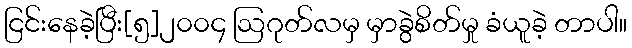
ငြင်းနေခဲ့ပြီး[၅]၂၀၀၄ ဩဂုတ်လမှ မှာခွဲစိတ်မှု ခံယူခဲ့ တာပါ။